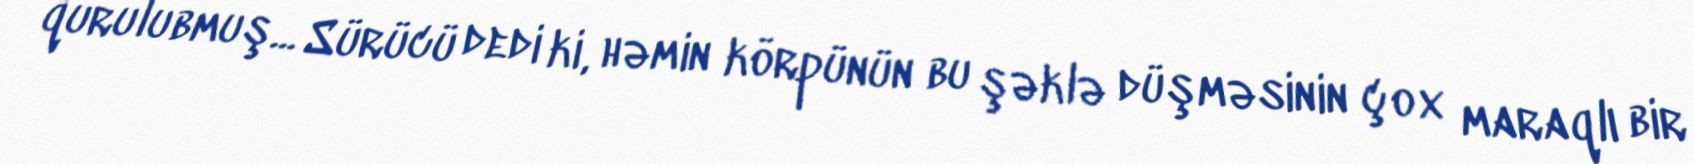
qurulubmuş... Sürücü dedi ki, həmin körpünün bu şəklə düşməsinin çox maraqlı bir